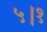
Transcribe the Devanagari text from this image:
५।१